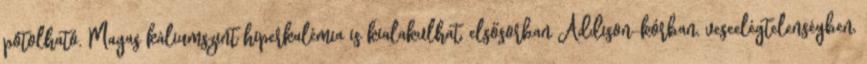
pótolható. Magas káliumszint hiperkalémia is kialakulhat, elsősorban Addison-kórban, veseelégtelenségben,